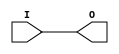
// $Header: /devl/xcs/repo/env/Databases/CAEInterfaces/verunilibs/data/blanc/AUTOBUF.v,v 1.3 2009/08/21 23:55:39 harikr Exp $
///////////////////////////////////////////////////////////////////////////////
// Copyright (c) 1995/2004 Xilinx, Inc.
// All Right Reserved.
///////////////////////////////////////////////////////////////////////////////
//   ____  ____
//  /   /\/   /
// /___/  \  /    Vendor : Xilinx
// \   \   \/     Version : 10.1
//  \   \         Description : Xilinx Functional Simulation Library Component
//  /   /                  Clock Buffer
// /___/   /\     Filename : AUTOBUF.v
// \   \  /  \    Timestamp : 
//  \___\/\___\
//
// Revision:
//    04/08/08 - Initial version.
//    07/23/09 - Add more attrute values (CR521811)
// End Revision

`timescale  1 ps / 1 ps


module AUTOBUF (O, I);

    parameter BUFFER_TYPE = "AUTO";

    output O;

    input  I;

    initial begin
    case (BUFFER_TYPE)
      "AUTO" : ;
      "BUF" : ;
      "BUFG" : ;
      "BUFGP" : ;
      "BUFH" : ;
      "BUFIO" : ;
      "BUFIO2" : ;
      "BUFIO2FB" : ;
      "BUFR" : ;
      "IBUF" : ;
      "IBUFG" : ;
      "NONE" : ;
      "OBUF" : ;
      default : begin
        $display("Attribute Syntax Error : The Attribute BUFFER_TYPE on AUTOBUF instance %m is set to %s.  Legal values for this attribute are AUTO, BUF, BUFG, BUFGP, BUFH, BUFIO, BUFIO2, BUFIO2FB, BUFR, IBUF, IBUFG, NONE, and OBUF.", BUFFER_TYPE);
      end
    endcase
    end

	buf B1 (O, I);


endmodule